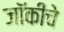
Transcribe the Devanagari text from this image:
जॉकीचे